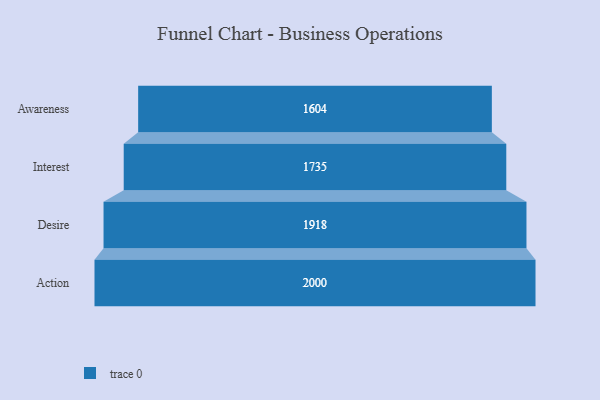
{"axis": {"x": "Stage", "y": "Value"}, "legend": [""], "data": [{"x": "Awareness", "y": 1604.0, "type": ""}, {"x": "Interest", "y": 1735.0, "type": ""}, {"x": "Desire", "y": 1918.0, "type": ""}, {"x": "Action", "y": 2000, "type": ""}]}